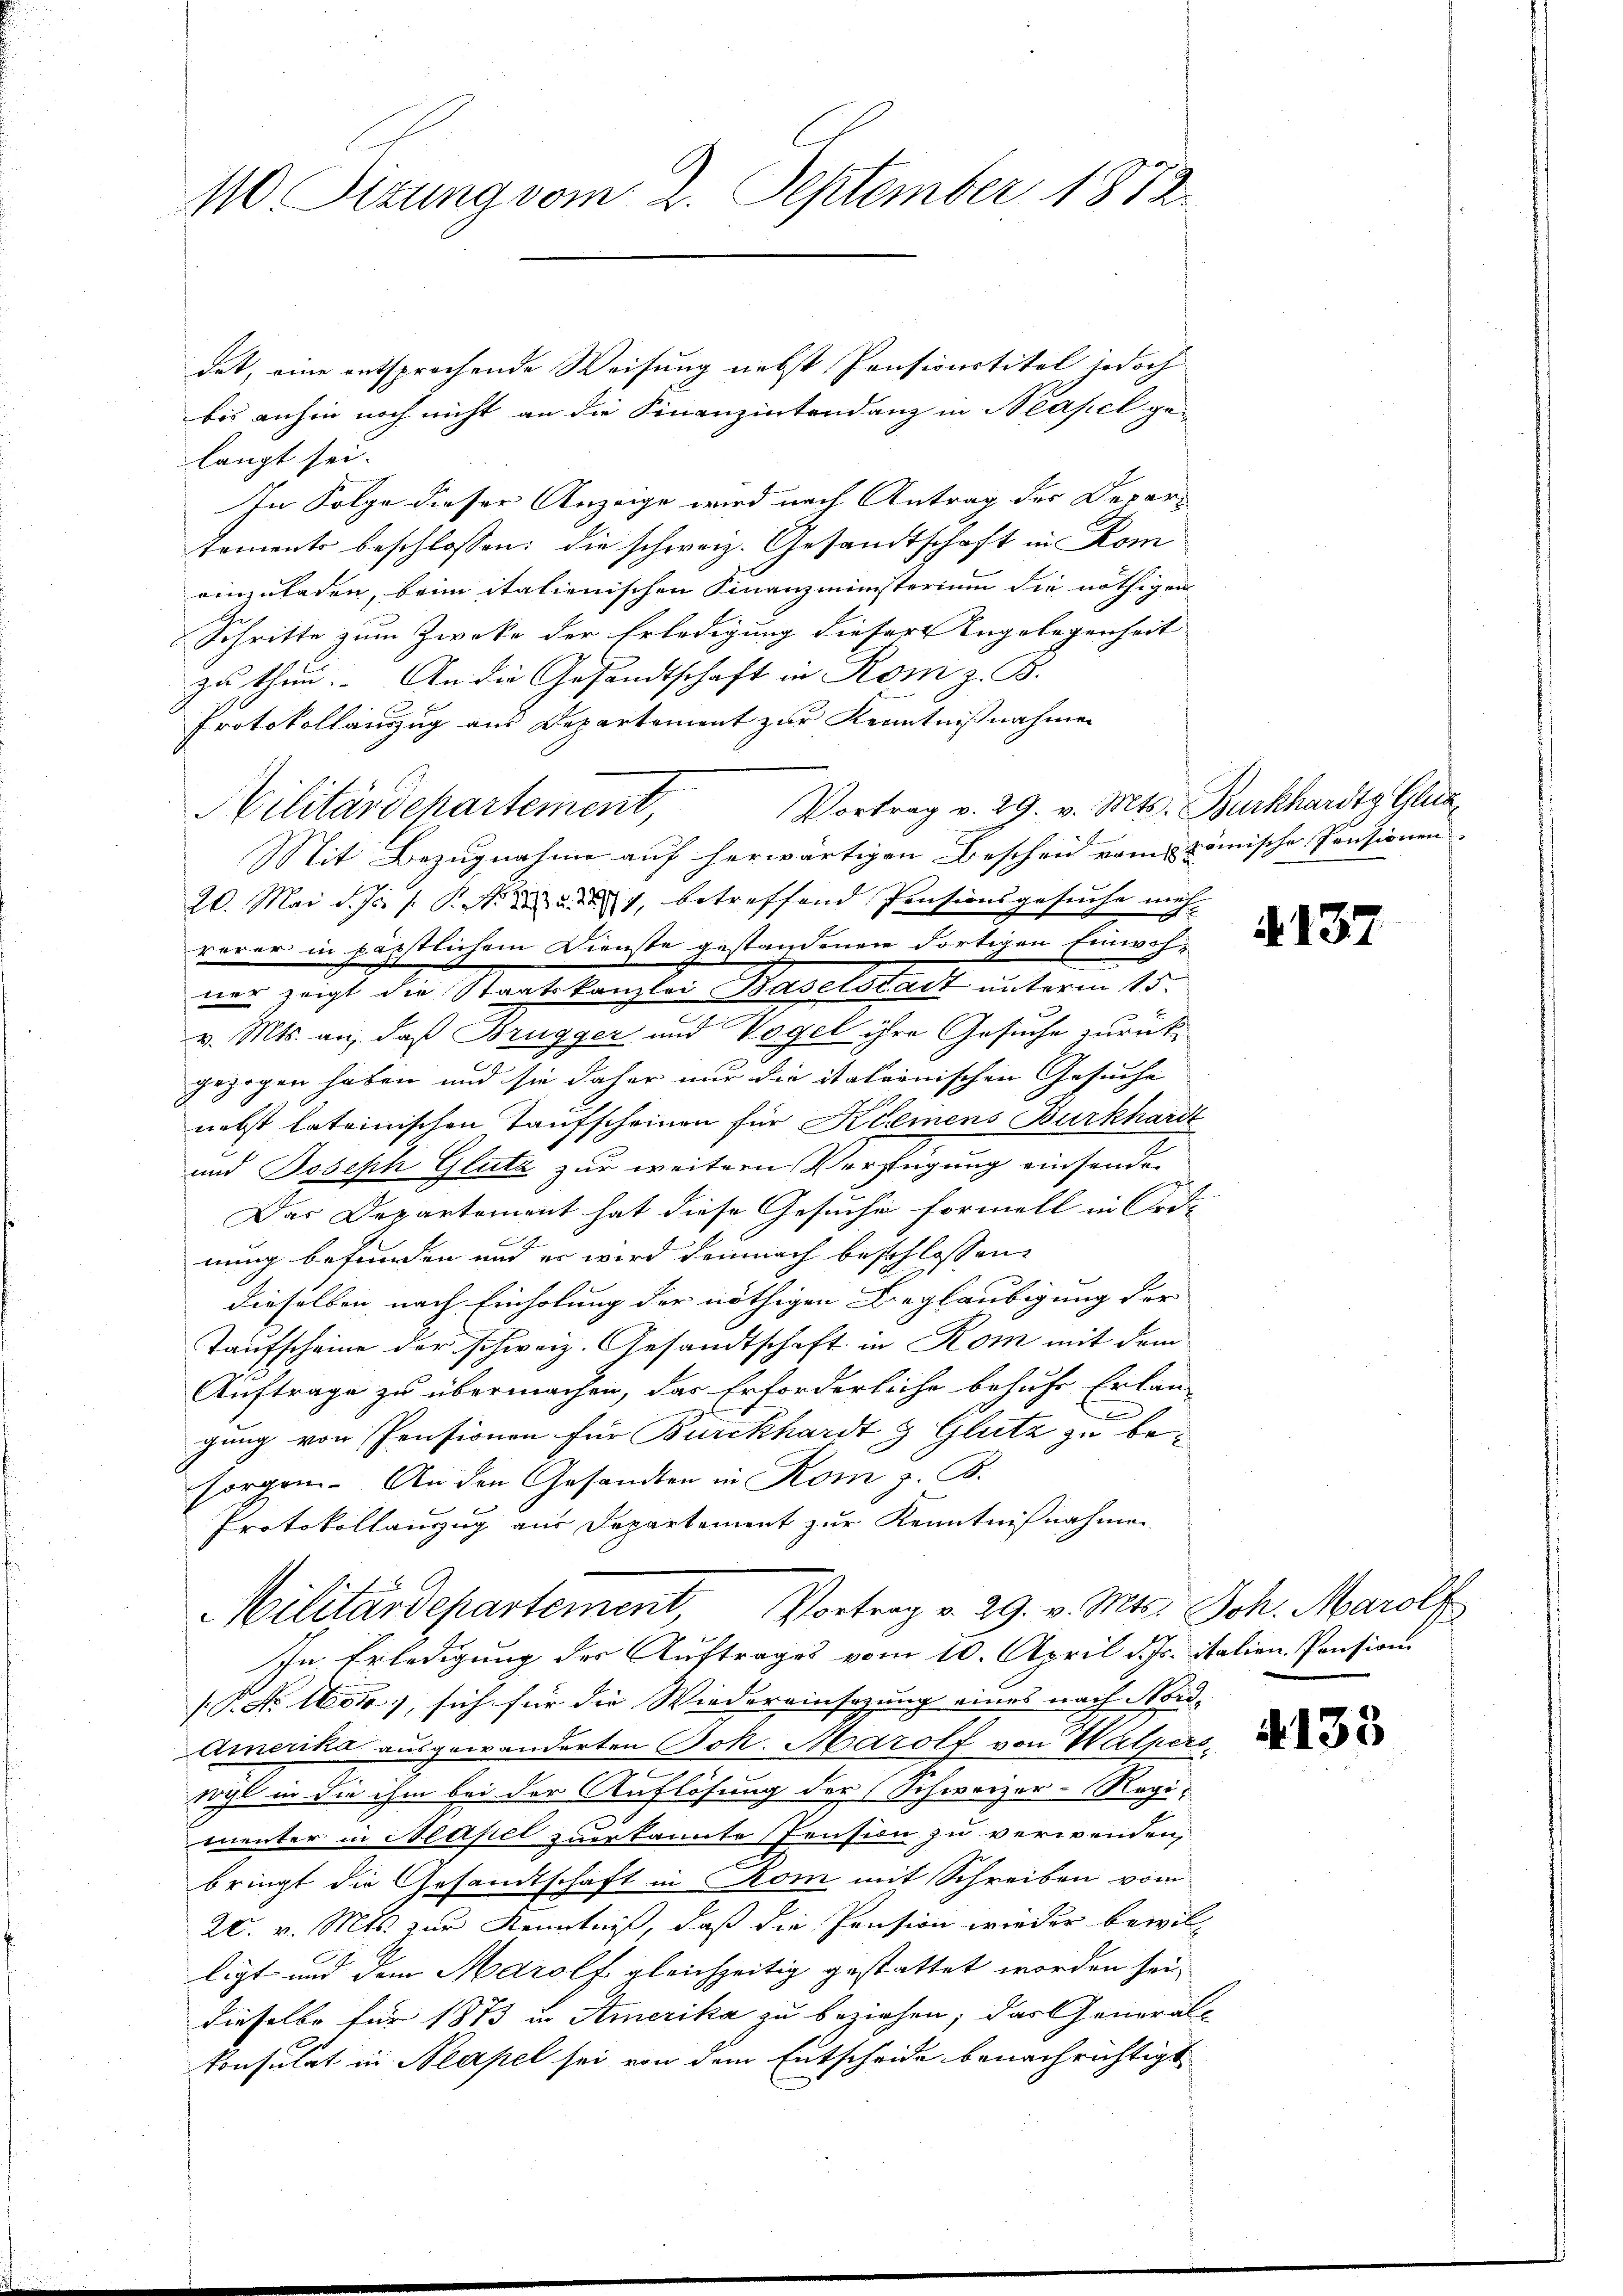
110. Sizung vom 2. September 1872.

det, eine entsprochende Weisung nebst Pensionstitel jedoch
bis anhin noch nicht an die Finanzintendanz in Neapel ge-
langt sei.
In Folge dieser Anzeige wird nach Antrag des Depar-
tements beschlossen: die schweiz. Gesandtschaft in Kom
einzuladen, beim italienischen Finanzministerium die nöthigen
Schritte zum Zwecke der Erledigung dieser Angelegenheit |
zu thun. An die Gesandtschaft in Rom z. B.
Protokollauszug aus Departement zur Kenntnißnahmen
Vortrag v. 29. v. Mts. Burkhardtz Glus¬
Militärdechartement,
Mit Bezugnahme auf herwärtigen Bescheid vom römische Pensionen.
20. Mai d. Js. s. S. 231, betreffend Pensionsgesuche mich
varer in päpstlichem Dienste gestandener dortigen Einwohner zeigt die Staatskanzlei Baselstadt unterm 15.
v. Mts. an, daß Brugger und Vogel ihre Gesuche zurückgezogen haben und sie daher nur die italionischen Gesuche
nebst lateinischen Taufscheinen für Klemens Burkhardt
und Joseph Glutz zur weitern Verfügung einsenden
Das Departement hat diese Gesuche formell in Ord-
nung befunden und er wird demnach beschlossene
dieselben nach Einholung der nöthigen Beglaubigung der
Taufscheine der schweiz. Gesandtschaft in Rom mit dem
Auftrage zu übermachen, das Erforderliche behufe Erlan-
e
g
gung von Pensionen für Burckhardt g Glutz zu besorgen. An den Gesandten in Rom z. B.
Protokollauszug aus Departement zur Kenntnißnahmen
Militärdepartement Vortrag v. 29. v. Mts. Joh. Marolf
In Erledigung der Auftrages vom 10. April d. Js. italien Pension
1. No. 1604), sich für die Wiedereinsazung eines nach Nord-
Amerika ausgewanderten Bok. Marolf von Halpers
rogl in die ihm bei der Auflösung der (Schweizer-Regi-
menter in Neapel zuerkannte Pension zu verwenden,
bringt die Gesandtschaft in Rom mit Schreiben vom
20. v. Mts. zur Kenntniß, daß die Pension wieder bewill
ligt und dem Marolf gleichzeitig gestattet worden sei.
dieselbe für 1873 in Amerika zu beziehen; das General-
konsulat in Neapel sei von dem Entscheide benachrichtigt

A.137

4133